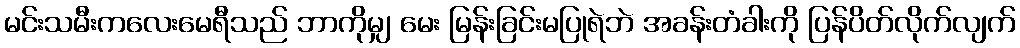
မင်းသမီးကလေးမေရီသည် ဘာကိုမျှ မေး မြန်းခြင်းမပြုရဲဘဲ အခန်းတံခါးကို ပြန်ပိတ်လိုက်လျက်